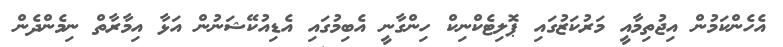
އެހެންކަމުން އިޖުތިމާއީ މަރުކަޒުގައި ޕޮލިޓެކްނިކް ހިންގާނީ އެބިމުގައި އެޑިއުކޭޝަނުން އަޅާ އިމާރާތް ނިމެންދެން